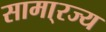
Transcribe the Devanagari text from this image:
सामा्रज्य